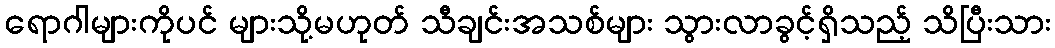
ရောဂါများကိုပင် များသို့မဟုတ် သီချင်းအသစ်များ သွားလာခွင့်ရှိသည့် သိပြီးသား